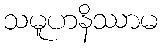
သမူဟနိဿာမ